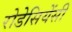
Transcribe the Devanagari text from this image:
रोडेसियेंसी